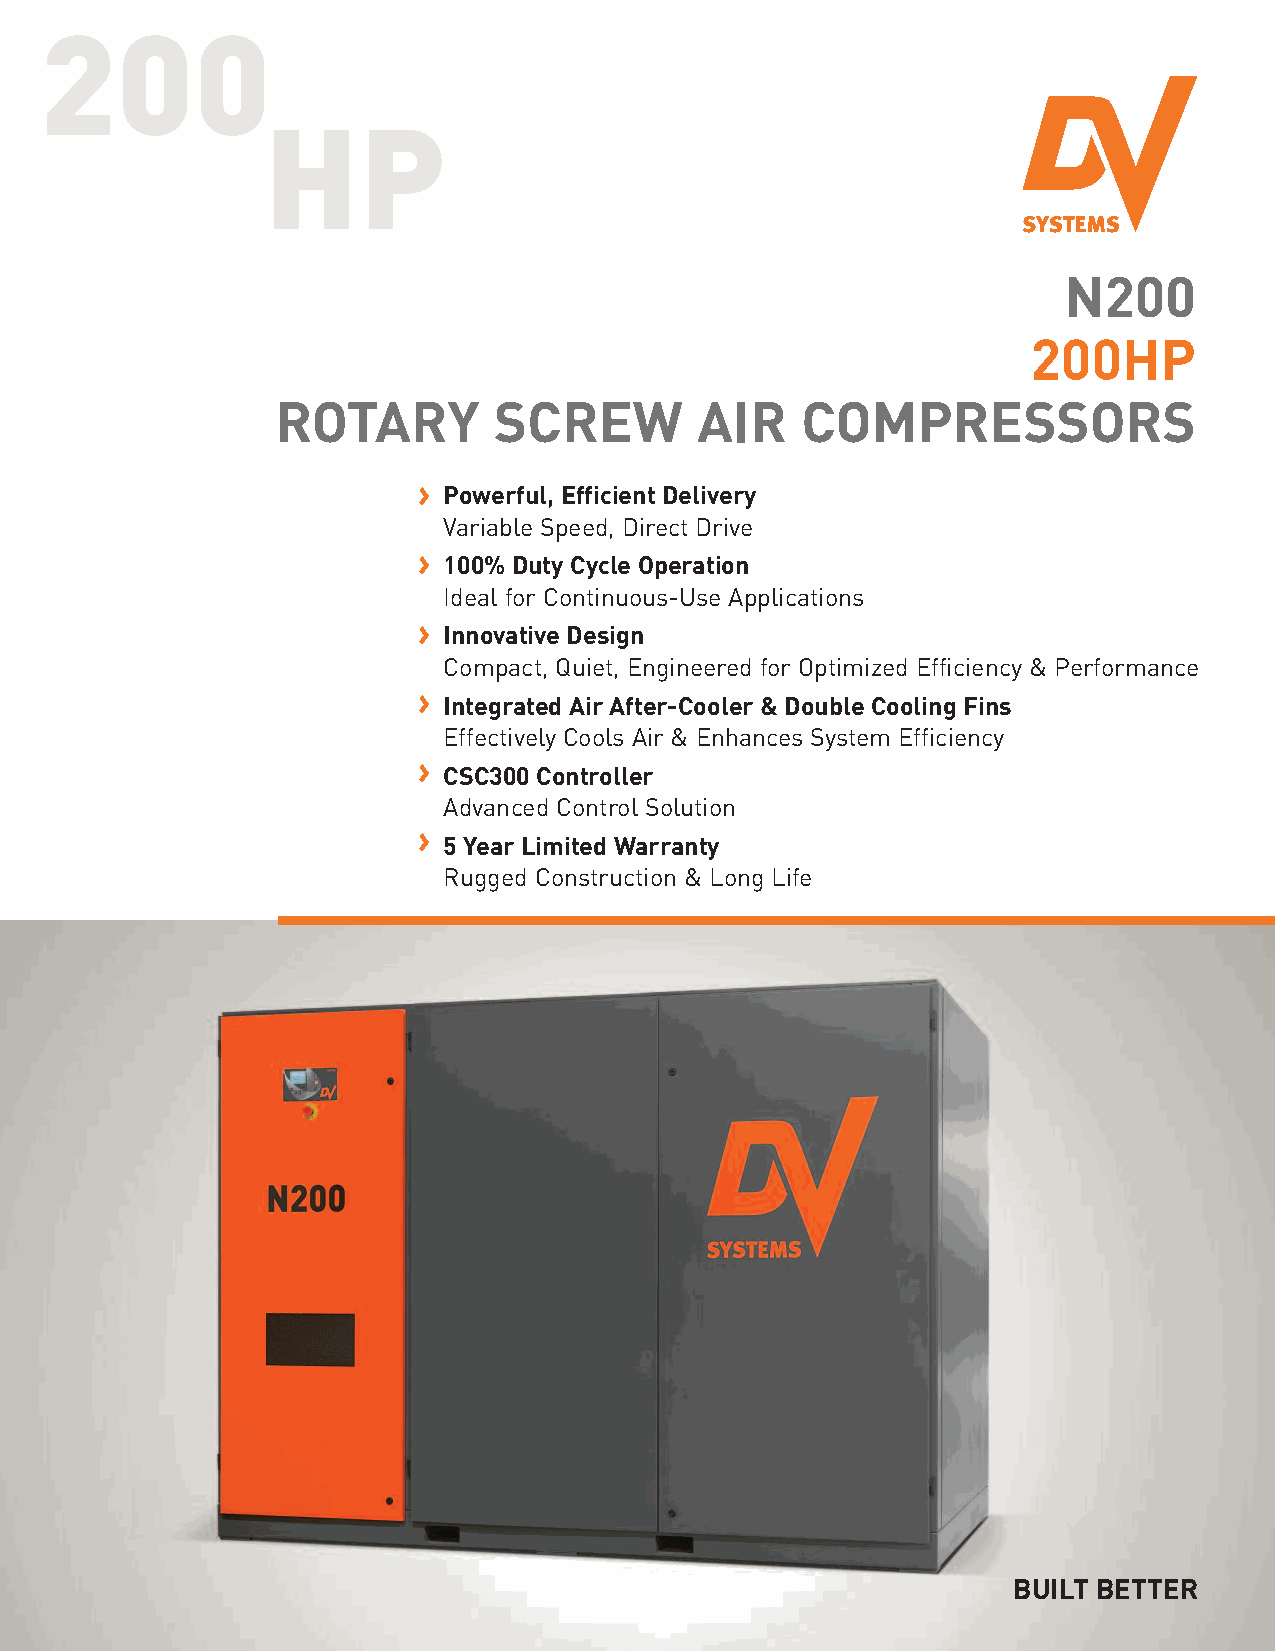
200
 HP
 N200
 200HP
 ROTARY         SCREW        AIR    COMPRESSORS
 > Powerful, Efficient Delivery
 Variable Speed, Direct Drive
 > 100% Duty Cycle Operation
 Ideal for Continuous-Use Applications
 > Innovative Design
 Compact, Quiet, Engineered for Optimized Efficiency & Performance
 > Integrated Air After-Cooler & Double Cooling Fins
 Effectively Cools Air & Enhances System Efficiency
 > CSC300 Controller
 Advanced Control Solution
 >
 5 Year Limited Warranty
 Rugged Construction & Long Life
 BUILT BETTER